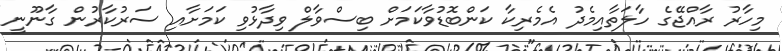
މިހާރު ރާއްޖޭގެ ހާލަތާއިމެދު އެމެރިކާ ކަންބޮޑުވާކަމަށް ބިސްވާލް ވިދާޅުވި ކަމަށާއި ސަރުކާރުން ގާނޫނީ